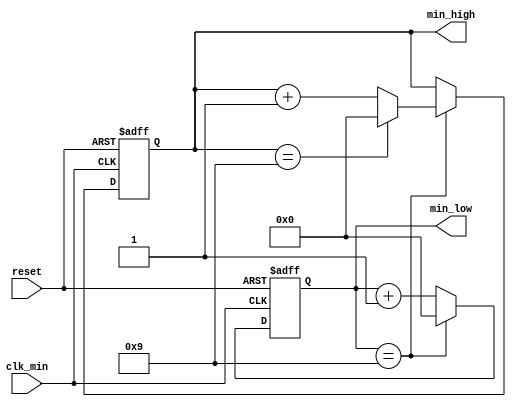
`timescale 1ns / 1ps
module Generador_Min(
	input wire clk_min,
	input wire reset,
	output reg[3:0] min_low, min_high);
	
	initial begin
		min_low = 0;
		min_high = 0;
	end
 
	always @(posedge clk_min or posedge reset) begin
		if (reset) begin
			min_low = 0;
			min_high = 0;
		end
		else
			if (min_low == 9) begin
				min_low = 0;
				if (min_high == 9) begin
					min_high = 0;
				end
				else
					min_high = min_high + 1;
				end
			else
				min_low = min_low + 1;
	end

endmodule